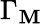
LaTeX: \Gamma_{\mathbf{M}}